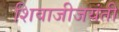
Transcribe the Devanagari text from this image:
शिवाजीजयंती